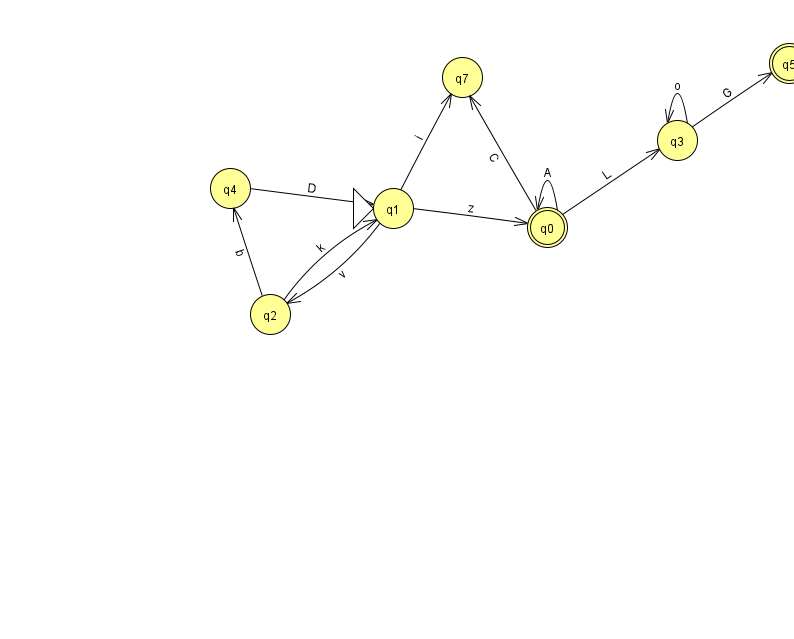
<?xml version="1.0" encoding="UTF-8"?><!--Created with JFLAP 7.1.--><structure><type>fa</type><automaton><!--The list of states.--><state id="0" name="q0"><x>547.0</x><y>214.0</y><final/></state><state id="1" name="q1"><x>393.0</x><y>195.0</y><initial/></state><state id="2" name="q2"><x>270.0</x><y>301.0</y></state><state id="3" name="q3"><x>677.0</x><y>127.0</y></state><state id="4" name="q4"><x>230.0</x><y>175.0</y></state><state id="5" name="q5"><x>789.0</x><y>50.0</y><final/></state><state id="7" name="q7"><x>462.0</x><y>64.0</y></state><!--The list of transitions.--><transition><from>0</from><to>0</to><read>A</read></transition><transition><from>0</from><to>3</to><read>L</read></transition><transition><from>1</from><to>7</to><read>i</read></transition><transition><from>2</from><to>4</to><read>b</read></transition><transition><from>2</from><to>1</to><read>k</read></transition><transition><from>1</from><to>0</to><read>z</read></transition><transition><from>1</from><to>2</to><read>v</read></transition><transition><from>0</from><to>7</to><read>C</read></transition><transition><from>4</from><to>1</to><read>D</read></transition><transition><from>3</from><to>5</to><read>G</read></transition><transition><from>3</from><to>3</to><read>o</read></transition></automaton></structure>